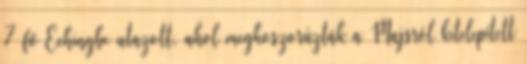
7 fő Echingbe utazott, ahol megkoszorúzták a Majsról kitelepített